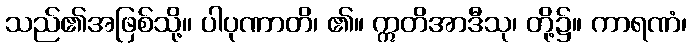
သည်၏အဖြစ်သို့။ ပါပုဏာတိ၊ ၏။ ဣတိအာဒီသု၊ တို့၌။ ကာရဏံ၊